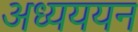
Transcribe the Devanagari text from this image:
अध्यययन